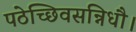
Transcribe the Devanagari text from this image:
पठेच्छिवसन्निधौ।